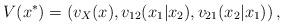
LaTeX: \begin{align*}V(x^{\ast })=\left( v_{X}(x),v_{12}(x_{1}|x_{2}),v_{21}(x_{2}|x_{1})\right) ,\end{align*}